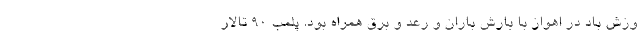
وزش باد در اهواز با بارش باران و رعد و برق همراه بود. پلمب 90 تالار